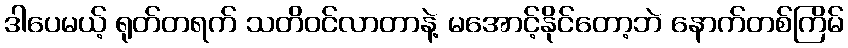
ဒါပေမယ့် ရုတ်တရက် သတိဝင်လာတာနဲ့ မအောင့်နိုင်တော့ဘဲ နောက်တစ်ကြိမ်